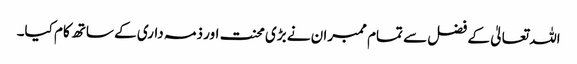
اللہ تعالیٰ کے فضل سے تمام ممبران نے بڑی محنت اور ذمہ داری کے ساتھ کام کیا۔